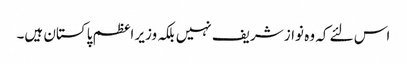
اس لئے کہ وہ نواز شریف نہیں بلکہ وزیر اعظم پاکستان ہیں۔